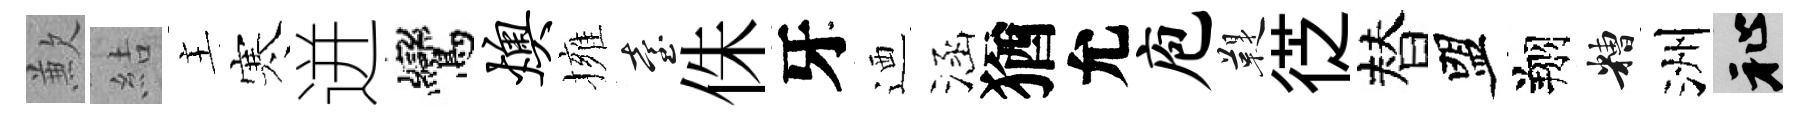
歉結主寒迸鸞燠擁臺侏牙迺涵猶允庖鞮徔替盟翔糟洲祉